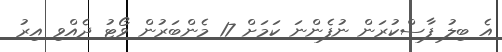
އެ ބިލު ފާސްކުރަން ނުފެންނަ ކަމަށް 17 މެންބަރުން ވޯޓު ދެއްވި އިރު